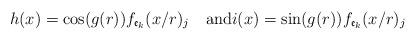
LaTeX: \begin{align*}h(x)=\cos(g(r))f_{\frak{e}_k}(x/r)_j\quad\mbox{and}i(x)=\sin(g(r))f_{\frak{e}_k}(x/r)_j \end{align*}